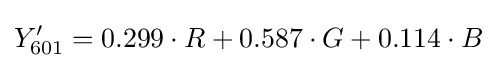
Y'_{\text{601}}=0.299\cdot R+0.587\cdot G+0.114\cdot B